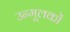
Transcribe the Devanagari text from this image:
उन्मूलकों